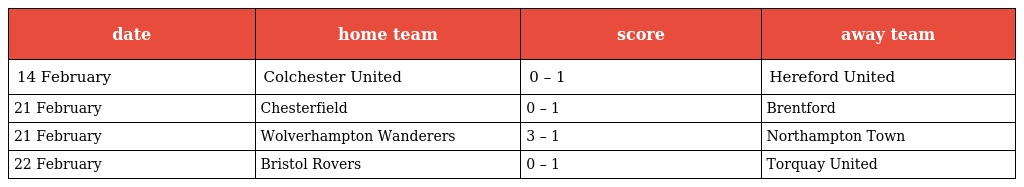
| date | home team | score | away team |
 | --- | --- | --- | --- |
 | 14 February | Colchester United | 0 – 1 | Hereford United |
 | 21 February | Chesterfield | 0 – 1 | Brentford |
 | 21 February | Wolverhampton Wanderers | 3 – 1 | Northampton Town |
 | 22 February | Bristol Rovers | 0 – 1 | Torquay United |